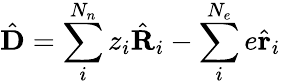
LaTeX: \hat{\mathbf{D}}=\sum_{i}^{N_{n}}z_{i}\hat{\mathbf{R}}_{i}-\sum_{i}^{N_{e}}e\hat{\mathbf{r}}_{i}